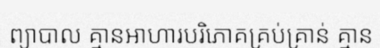
ព្យាបាល គ្មានអាហារបរិភោគគ្រប់គ្រាន់ គ្មាន